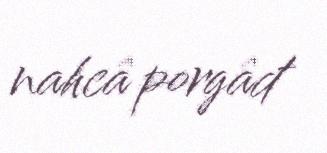
nahcâ porgâđ